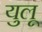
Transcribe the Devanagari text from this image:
युलू